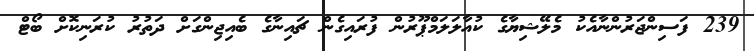
239 ފަސިންޖަރުންނާއެކު މެލޭޝިޔާގެ ކުއާލަލަމްޕޫރުން ފުރައިގެން ޗައިނާގެ ބެއިޖިންގަށް ދަތުރު ކުރަނިކޮށް ބޯޓް